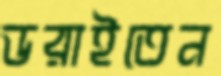
ডরাইতেন